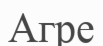
Агре